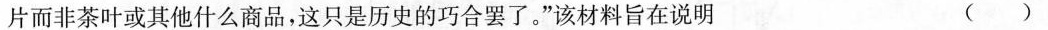
片而非茶叶或其他什么商品，这只是历史的巧合罢了。”该材料旨在说明 （）